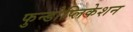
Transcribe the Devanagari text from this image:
फुन्डोप्लिकेशन